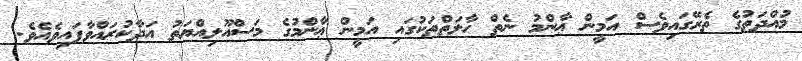
މުއްދަތުގެ ތެރޭގައިވެސް އަމީން ޢާންމު ނެތް ޙާލަތްތަކުގައި އަމީން ޢާންމުގެ މަސްއޫލިއްޔަތު އަދާކުރައްވާފައިވެއެވެ.